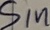
Text: Sin